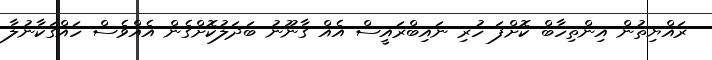
ރައްޔިތުން އިންތިހާބް ކޮށްފަ ހުރި ނައިބްރައީސް އެއް ގާނޫނު ބަދަލުކޮށްގެން އެއްވެސް ހައްގަކާނުލާ